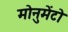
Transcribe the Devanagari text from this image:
मोनुमेंटो